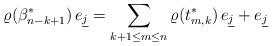
LaTeX: \begin{align*}\varrho({\beta^*_{n-k+1}})\,e_{\underline{j}} = \sum_{k+1\le m\le n} \varrho(t_{m,k}^*)\,e_{\underline{j}} + e_{\underline{j}}\end{align*}